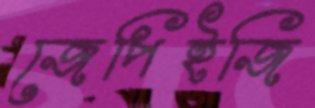
জেপিইজি